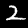
Label: 2